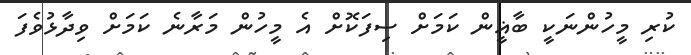
ކުރި މީހުންނަކީ ބާޣީން ކަމަށް ސިފަކޮށް އެ މީހުން މަރާނެ ކަމަށް ވިދާޅުވެފަ